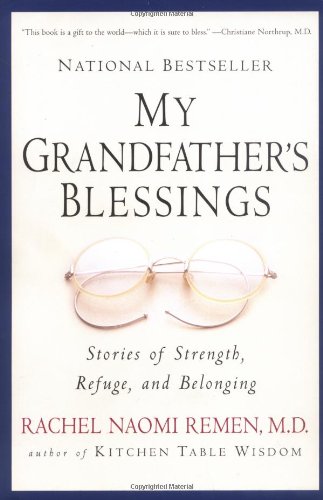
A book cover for My Grandfather's Blessings: Stories of Strength, Refuge, and Belonging; Rachel Naomi Remen; Christian Books & Bibles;